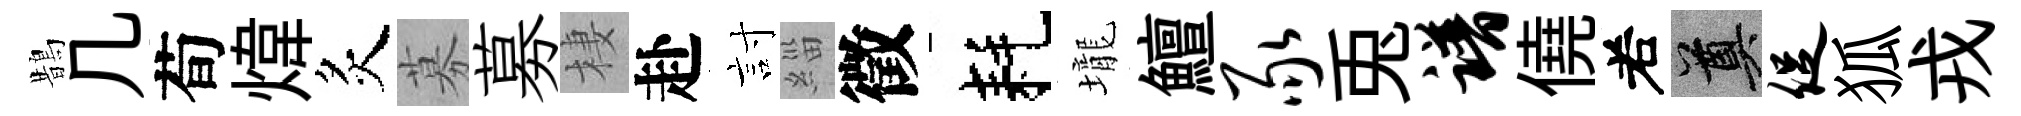
鵲几荀煒炙募募棲赴討緇徵耗壠鱣豕兎谱僥𠰥奠促狐戎